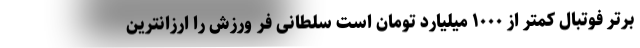
برتر فوتبال کمتر از ۱۰۰۰ میلیارد تومان است سلطانی فر ورزش را ارزانترین